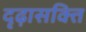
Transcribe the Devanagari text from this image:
दृढ़ासक्ति